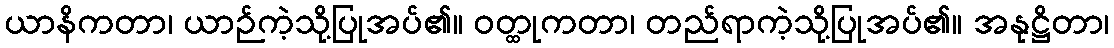
ယာနိကတာ၊ ယာဉ်ကဲ့သို့ပြုအပ်၏။ ဝတ္ထုကတာ၊ တည်ရာကဲ့သို့ပြုအပ်၏။ အနုဋ္ဌိတာ၊